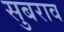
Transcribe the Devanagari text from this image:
सुबराव